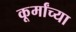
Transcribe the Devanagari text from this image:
कूर्मांच्या